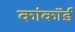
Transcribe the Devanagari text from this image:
कांकॉर्ड